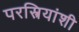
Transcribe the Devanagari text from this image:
परस्त्रियांशी